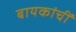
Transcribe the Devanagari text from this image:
बायकांचीं